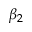
\beta _ { 2 }